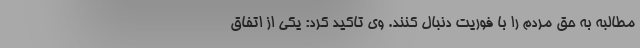
مطالبه به حق مردم را با فوريت دنبال كنند. وي تاكيد كرد: يكي از اتفاق